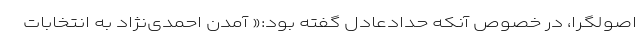
اصولگرا،‌ در خصوص آنکه حدادعادل گفته بود:« آمدن احمدی‌نژاد به انتخابات